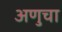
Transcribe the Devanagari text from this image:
अणुचा